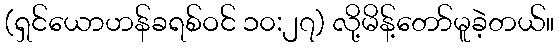
(ရှင်ယောဟန်ခရစ်ဝင် ၁၀:၂၇) လို့မိန့်တော်မူခဲ့တယ်။